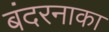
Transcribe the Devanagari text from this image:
बंदरनाका